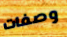
وصفات